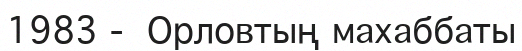
1983 -  Орловтың махаббаты